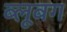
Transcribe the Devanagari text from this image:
ब्लूबग